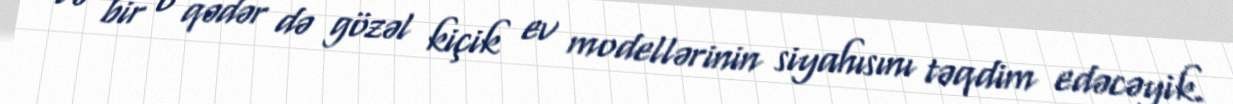
və bir o qədər də gözəl kiçik ev modellərinin siyahısını təqdim edəcəyik.